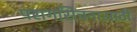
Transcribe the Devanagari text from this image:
परागसिंचनासाठी